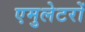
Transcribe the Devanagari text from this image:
एमुलेटरों